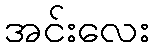
အင်းလေး